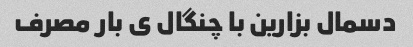
دسمال بزارین با چنگال ی بار مصرف